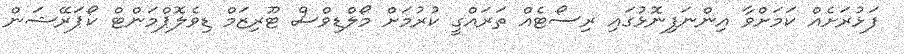
ފަޅުރަށެއް ކަމަށްވާ އިންނަފިނޮޅުގައި ރިސޯޓެއް ތަރައްގީ ކުރުމަށް މޯލްޑިވްސް ޓޫރިޒަމް ޑިވެލޮޕްމަންޓް ކޯޕަރޭޝަން